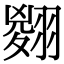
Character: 𦑨